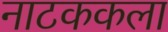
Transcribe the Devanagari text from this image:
नाटककला